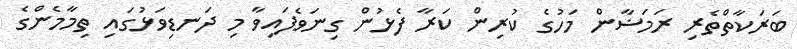
ބަރަކާތްތެރި ރަމަޟާން މަހުގެ ކުރިން ކަރާ ފެޅުން ގިނަވެފައިވާ މި ދަނޑިވަޅުގައި ތިމާމެންގެ